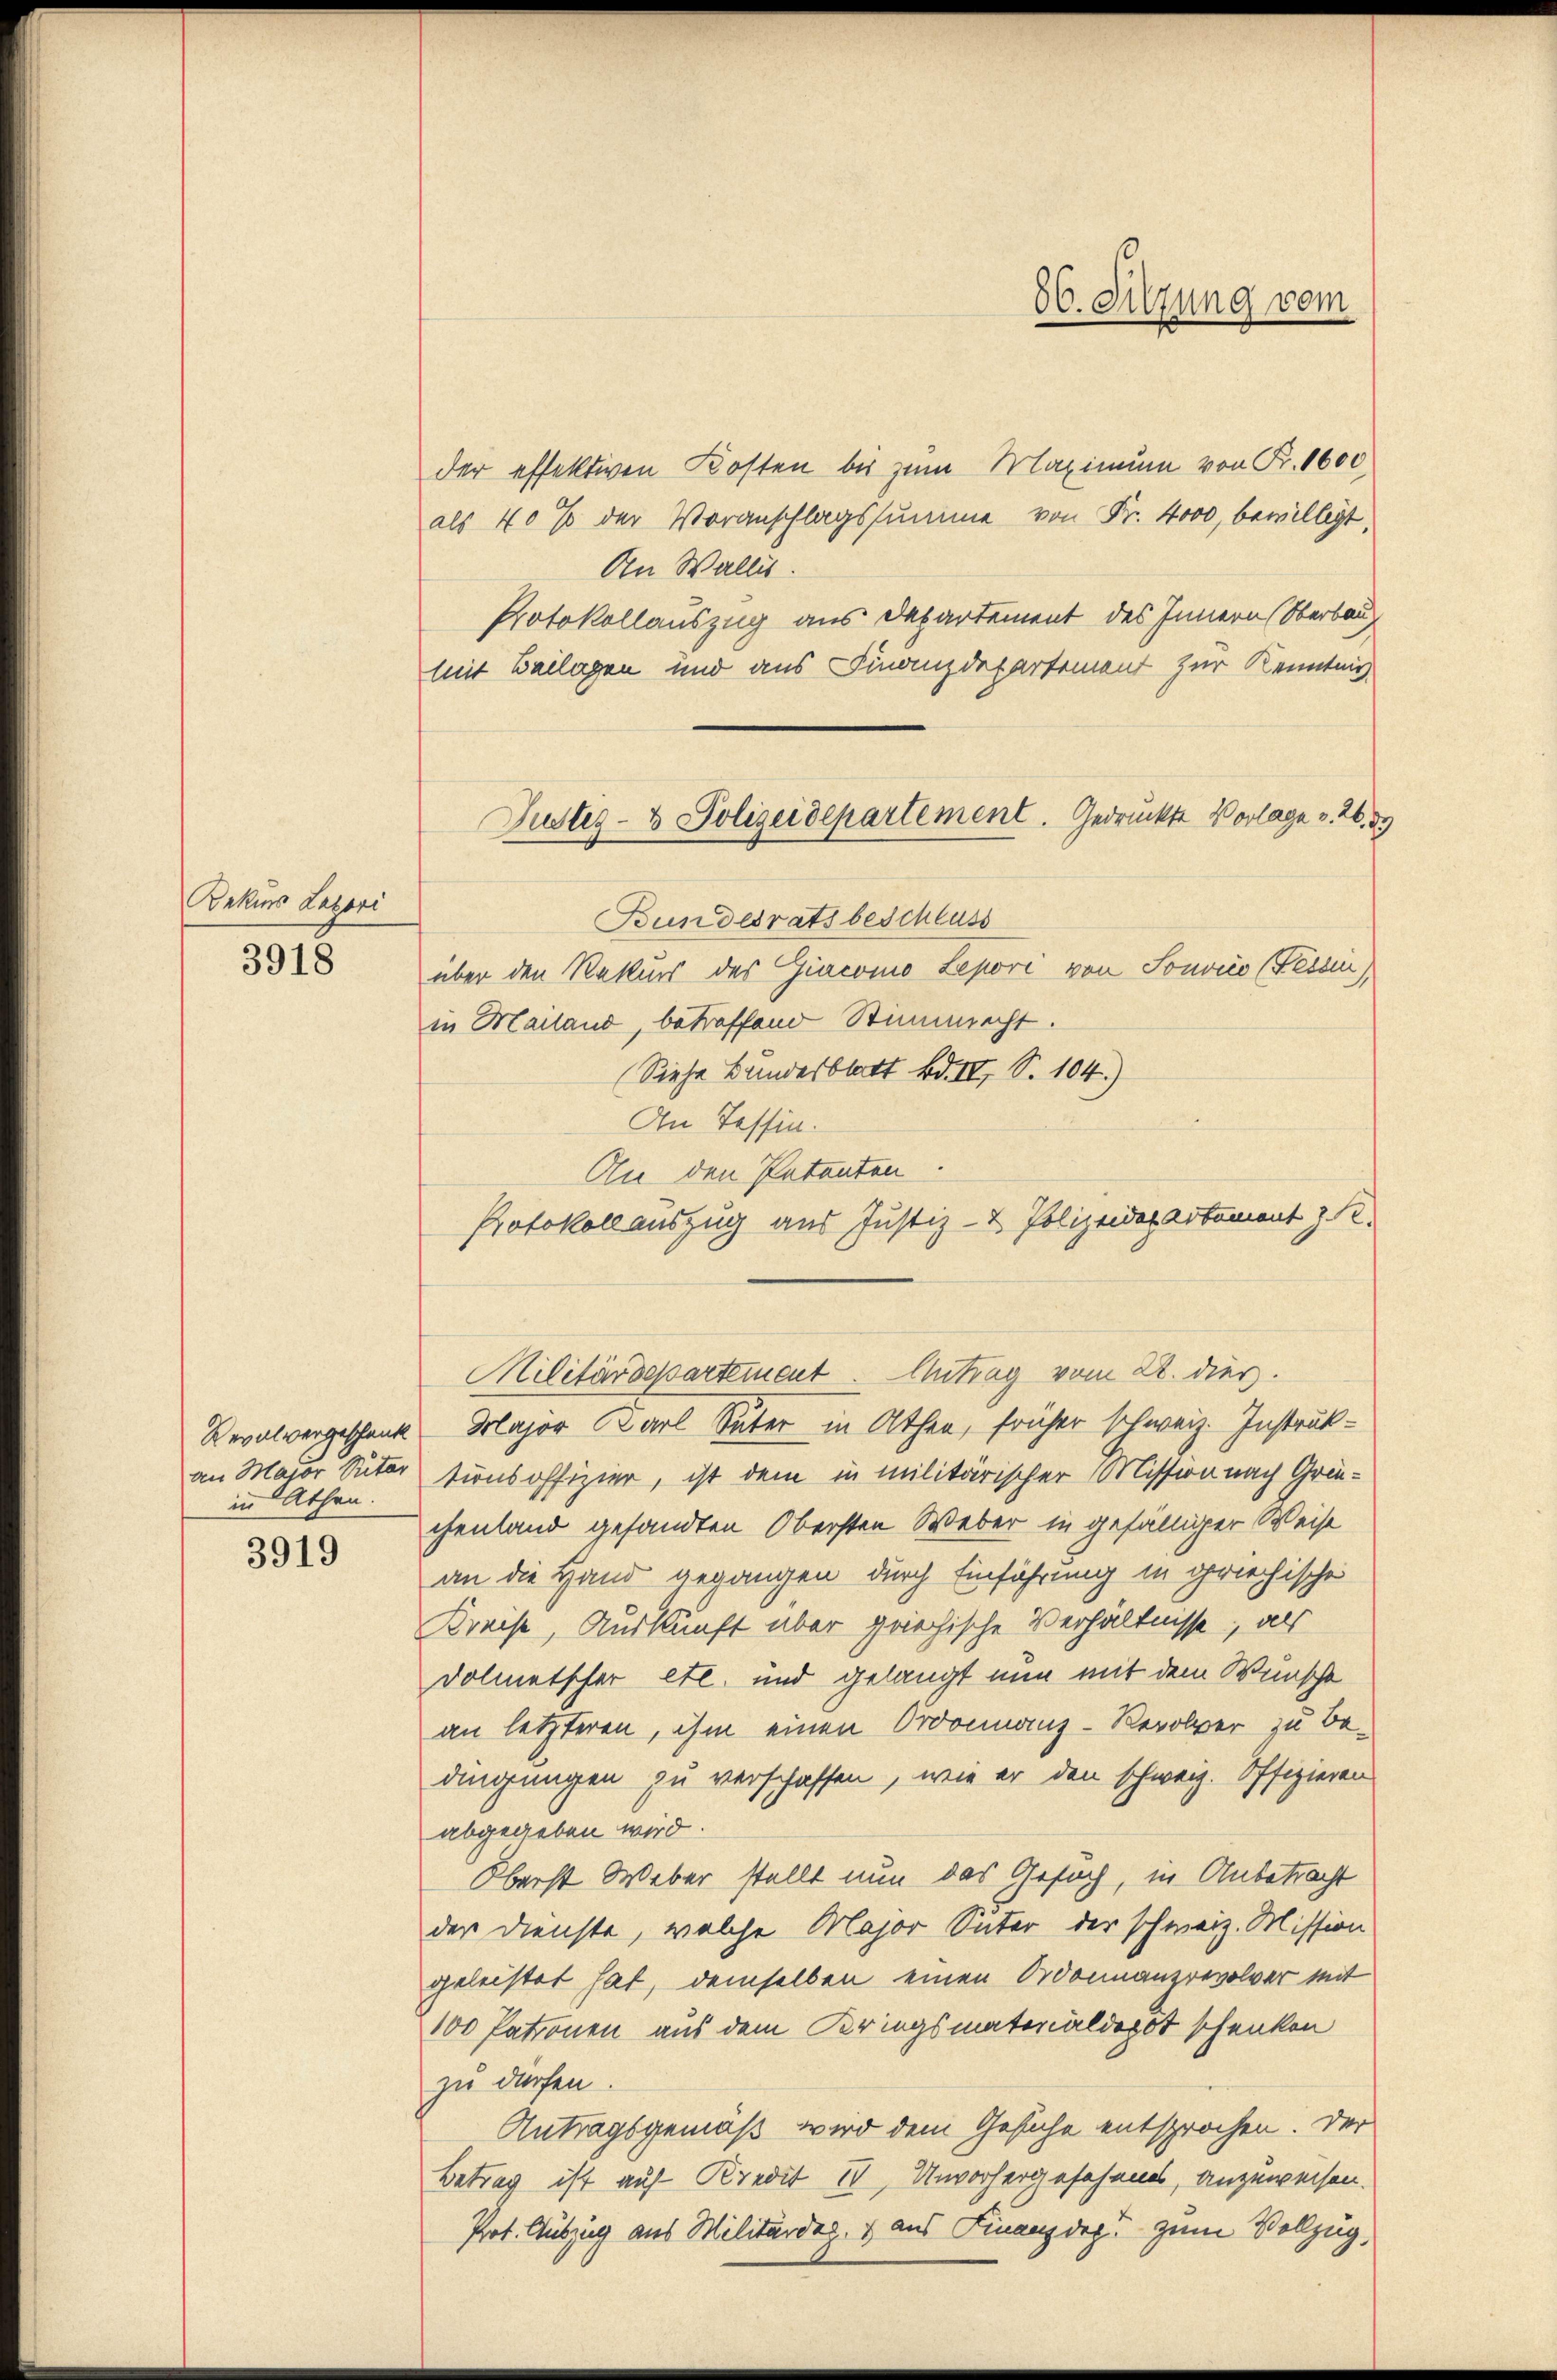
Rekurs Lazori
3918

an Major Suter
in Athen.

3919

der effektiven Kosten bis zum Maximum von Fr. 1600.
als 40% der Voranschlagssumme von Fr. 4000, bewilligt,
An Wallis.
Protokollauszug aus Departement des Innern (Oberbau
mit Beilagen und aus Finanzdepartement zur Kenntnis
Bundesrats beschluss
über den Rekurs des Giacomo Lepori von Sonvio (Fessen)
in Mailand, betreffend Stimmeht.
(Siehe Bundesblatt Bd. II, S. 104.)
An Tessin.
An den Petenten
Protokollauszug aus Justiz- & Polizeidepartement z.
Militärdepartement. Antrag vom 28. dies.
Revalvergeschenk. Major Karl Suter in Athen, früher schweiz. Instruktionsoffizier, ist dem in militärischer Mission nach Grüchenland gesandten Obersten Weber in gefälliger Weise
an die Hand gegangen durch Einführung in griechische
Kreise, Auskunft aber griechische Verhältnisse, als
Dolmetscher etl. und gelangt nun mit dem Wünscht
an letzteren, ihm einen Ordonnanz-Revolver zu bedingungen zu verschaffen, wie er den schweiz. Offizieren
abgegeben wird.
Oberst Weber stellt nun das Gesuch, in Anbetracht
der Dienste, welche Major Suter der schweiz. Mission
geleistet hat, demselben einen Ordonnanzrevolver mit
100 Patronen aus dem Kriegsmaterialdert schenken
zu dürfen.
Antragsgemäß wird dem Gesuche entsprochen. Der
Betrag ist auf Kredit 1, Unvorhergesehenes, anzuweisen.
Prot. Auszug aus Militärdep. 1 aus Finanzdep. zum Vollzug,

Justiz- & Polizeidepartement. Gedrückte Vorlage v. 26. d.

56. Sitzung vom